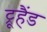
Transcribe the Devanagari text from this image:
ट्रूहैंड